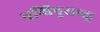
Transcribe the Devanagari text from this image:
नन्धिपुराथ्त्हू